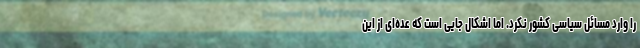
را وارد مسائل سیاسی کشور نکرد. اما اشکال جایی است که عده‌ای از این